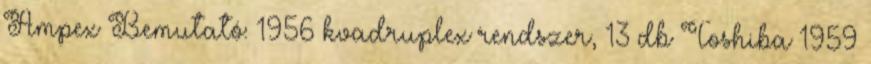
Ampex Bemutató: 1956 kvadruplex rendszer, 13 db Toshiba 1959